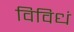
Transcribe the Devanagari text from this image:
विविधं